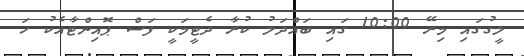
ލީގުގައި މިރޭ 10:00 ގައި ބައްދަލު ކުރާ ދެޓީމަކީ ފަސް ޕޮއިންޓާއެކު ހަ